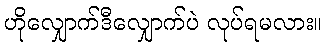
ဟိုလျှောက်ဒီလျှောက်ပဲ လုပ်ရမလား။